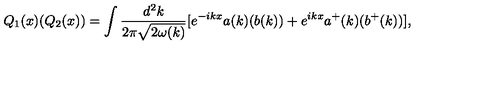
Q _ { 1 } ( x ) ( Q _ { 2 } ( x ) ) = \int { \frac { d ^ { 2 } k } { 2 \pi { \sqrt { 2 \omega ( k ) } } } } [ e ^ { - i k x } a ( k ) ( b ( k ) ) + e ^ { i k x } a ^ { + } ( k ) ( b ^ { + } ( k ) ) ] ,